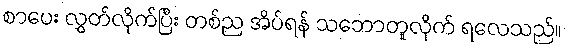
စာပေး လွှတ်လိုက်ပြီး တစ်ည အိပ်ရန် သဘောတူလိုက် ရလေသည်။